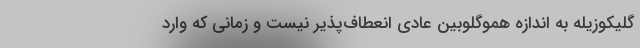
گلیکوزیله به اندازه هموگلوبین عادی انعطاف‌پذیر نیست و زمانی که وارد